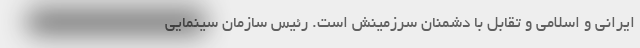
ایرانی و اسلامی و تقابل با دشمنان سرزمینش است. رئیس سازمان سینمایی